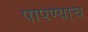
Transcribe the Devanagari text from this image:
पापण्याच